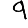
Digit: 9